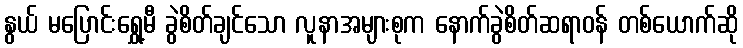
နွယ် မပြောင်းရွှေ့မီ ခွဲစိတ်ချင်သော လူနာအများစုက နောက်ခွဲစိတ်ဆရာဝန် တစ်ယောက်ဆို